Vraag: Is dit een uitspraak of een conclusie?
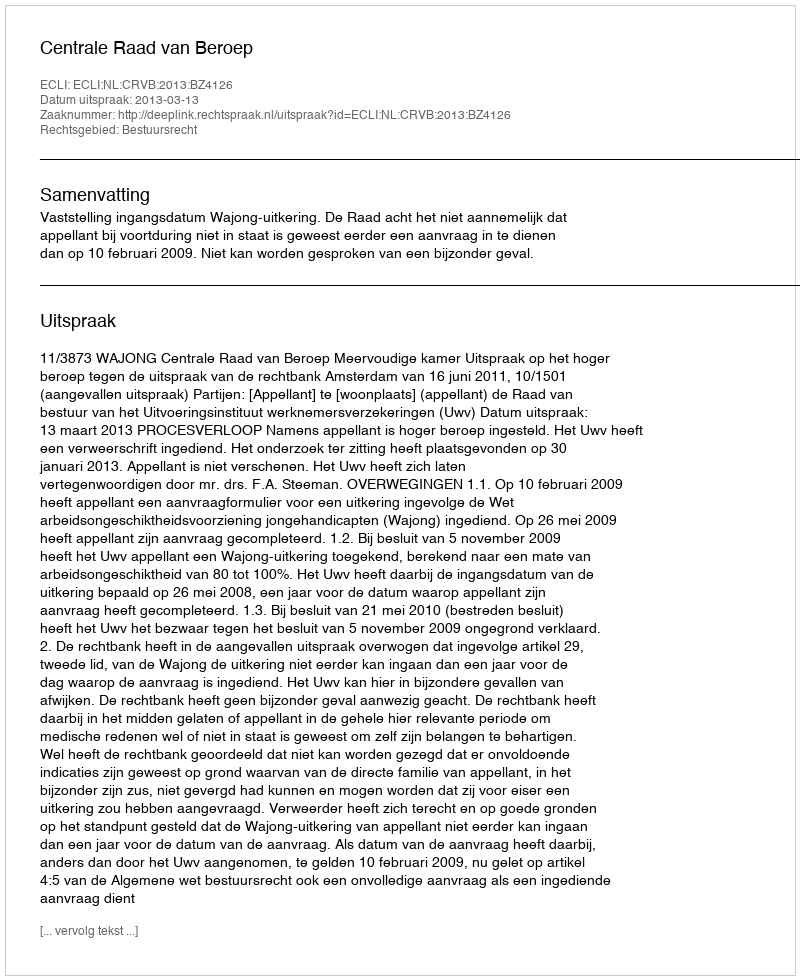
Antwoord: Uitspraak